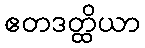
ဧတဒတ္ထိယာ